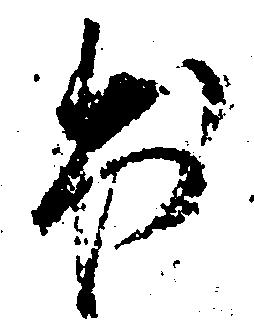
出